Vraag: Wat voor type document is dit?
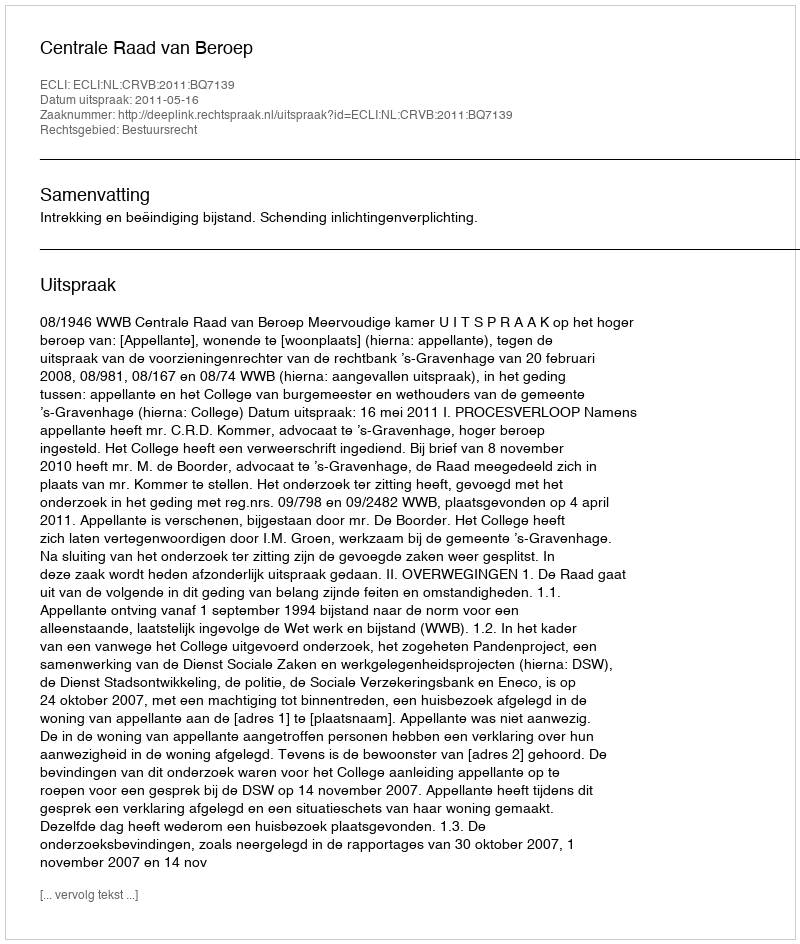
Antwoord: Uitspraak